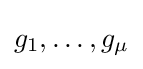
g_{1},\ldots ,g_{\mu }